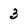
Character: 3